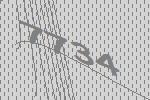
7734